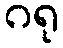
ဂရု